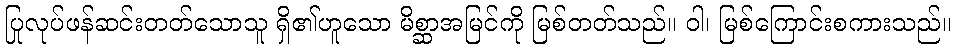
ပြုလုပ်ဖန်ဆင်းတတ်သောသူ ရှိ၏ဟူသော မိစ္ဆာအမြင်ကို မြစ်တတ်သည်။ ဝါ၊ မြစ်ကြောင်းစကားသည်။